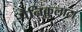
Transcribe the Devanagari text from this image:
पैनिकुलाटा